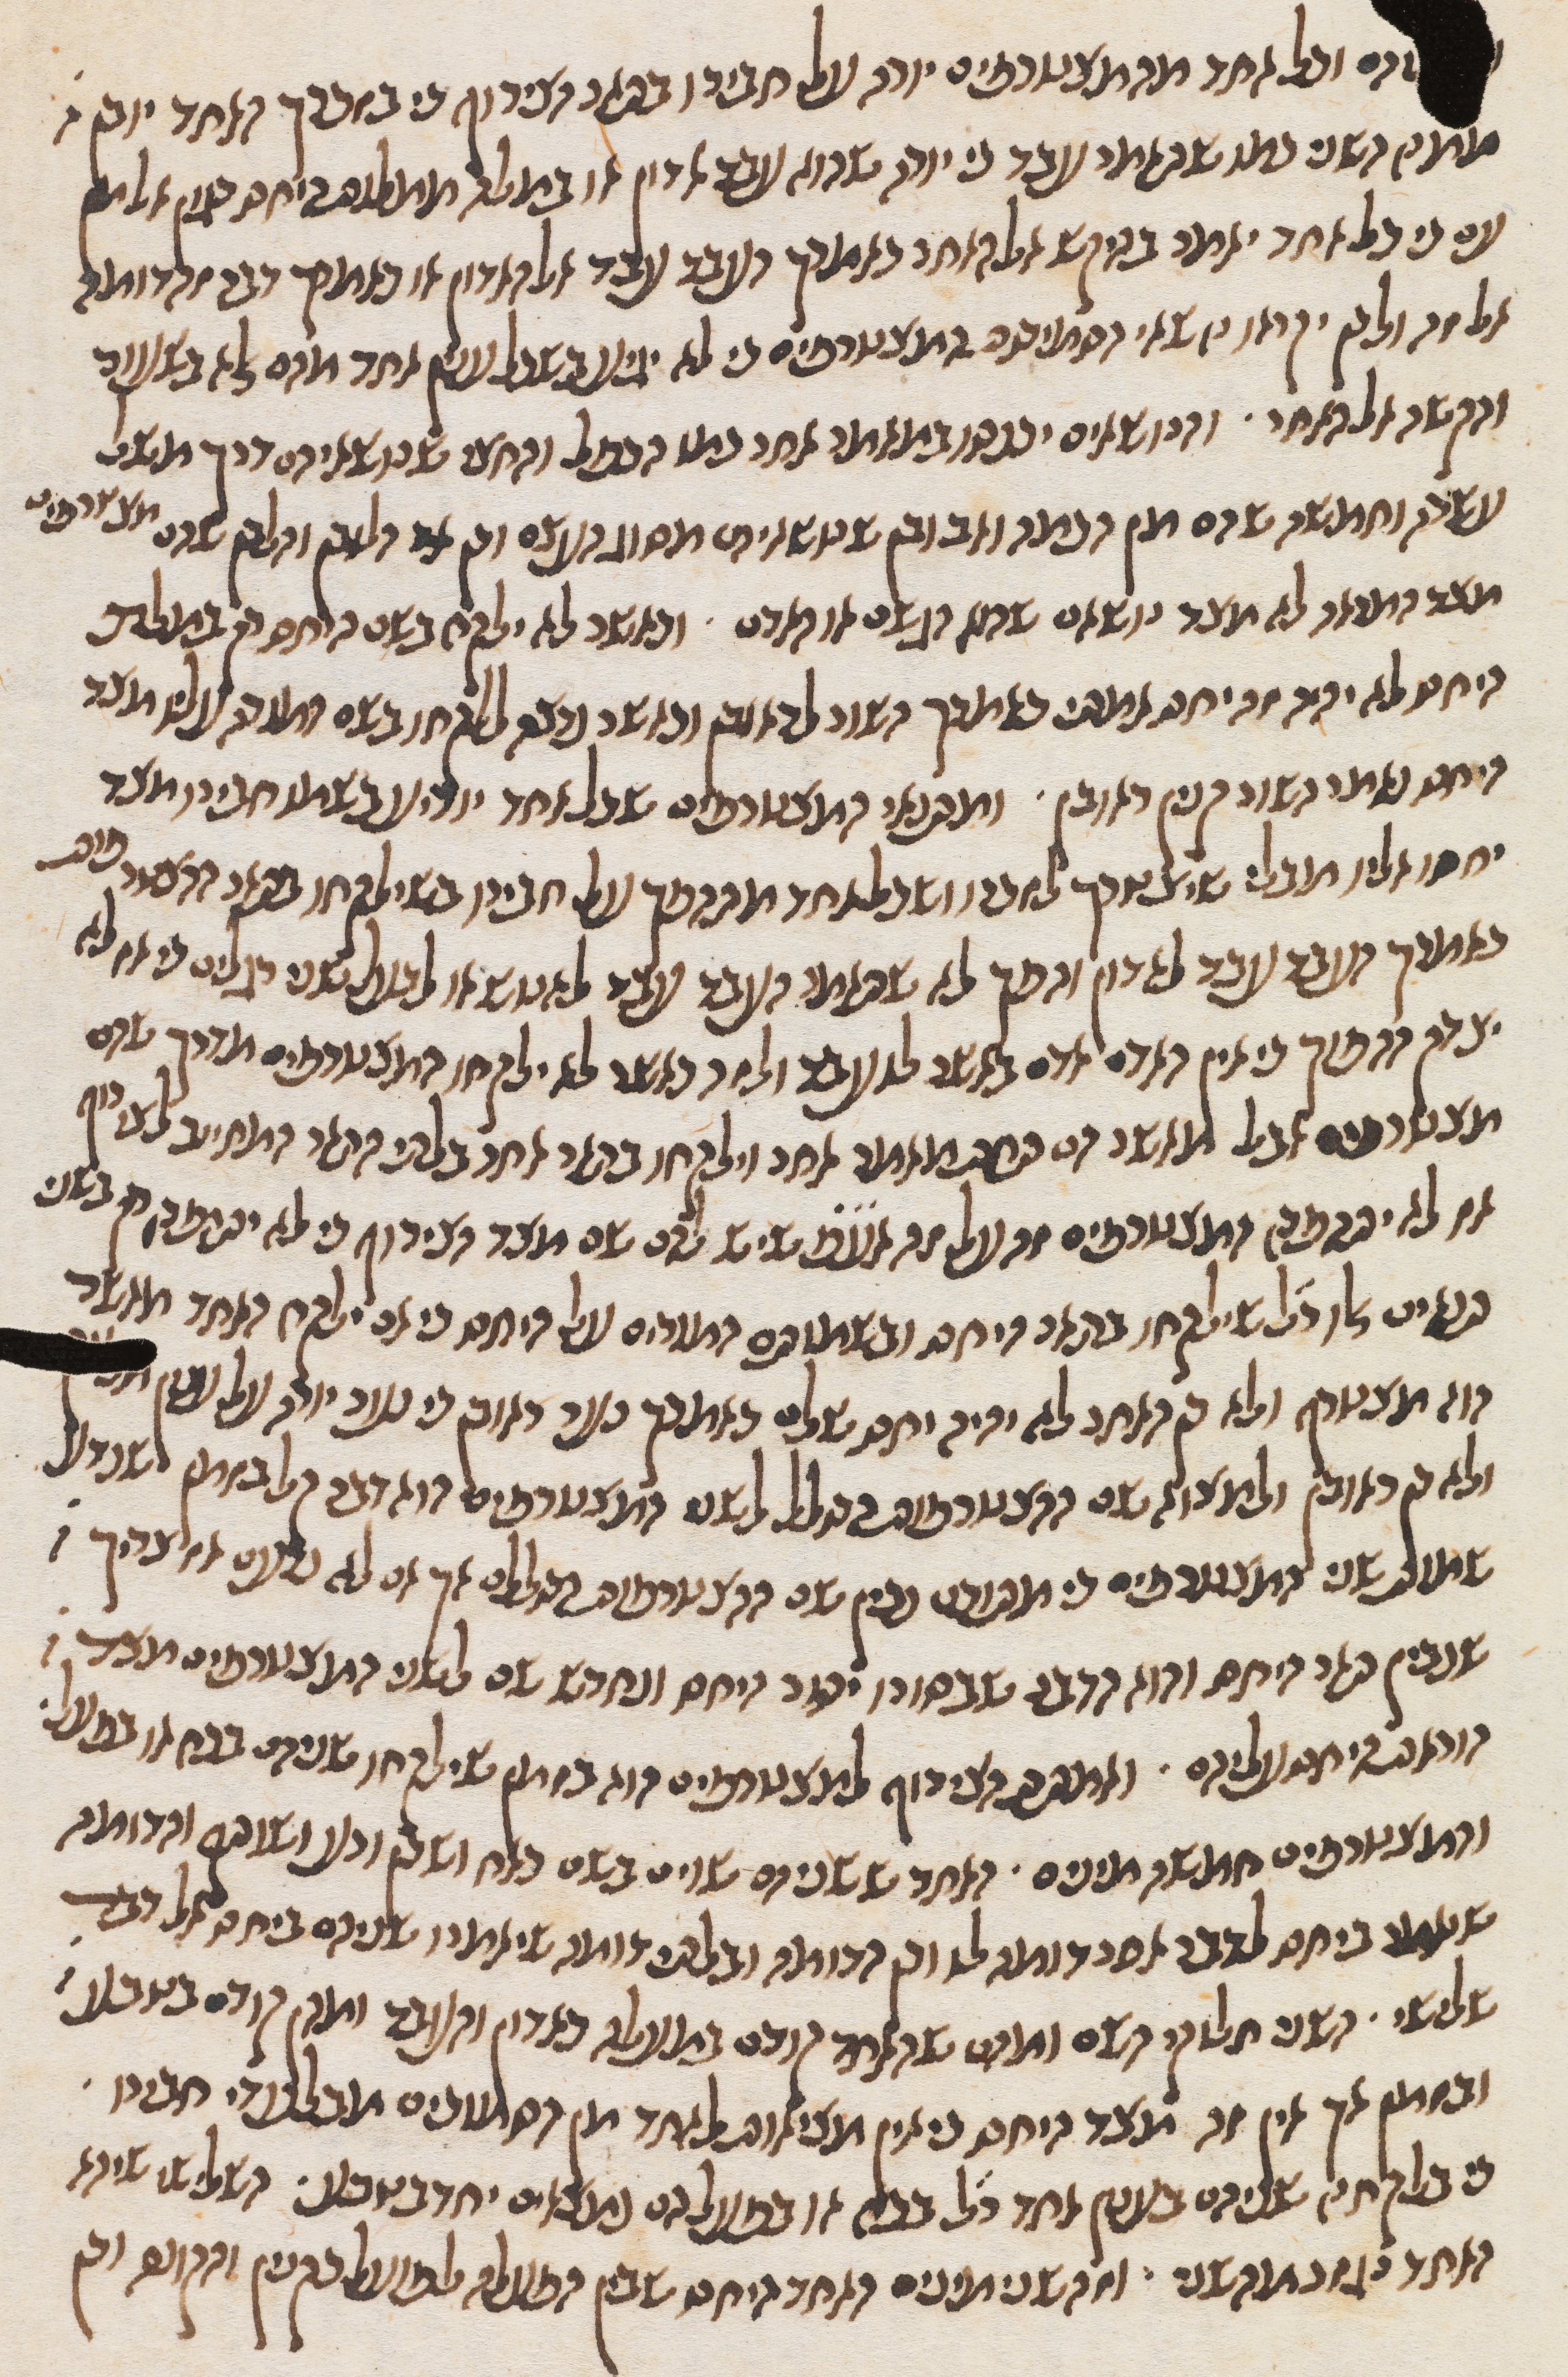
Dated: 1270–1330